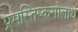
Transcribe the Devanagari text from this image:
प्रमस्तिष्कगोलार्ध